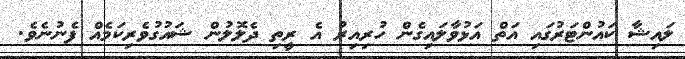
ލައިޝާ ކައުންޓަރުގައި އަތް އަޅުވާލައިގެން ހުރިއިރު އެ ރީތި ދެލޮލުން ޝައުގުވެރިކަމެއް ފެނުނެވެ.